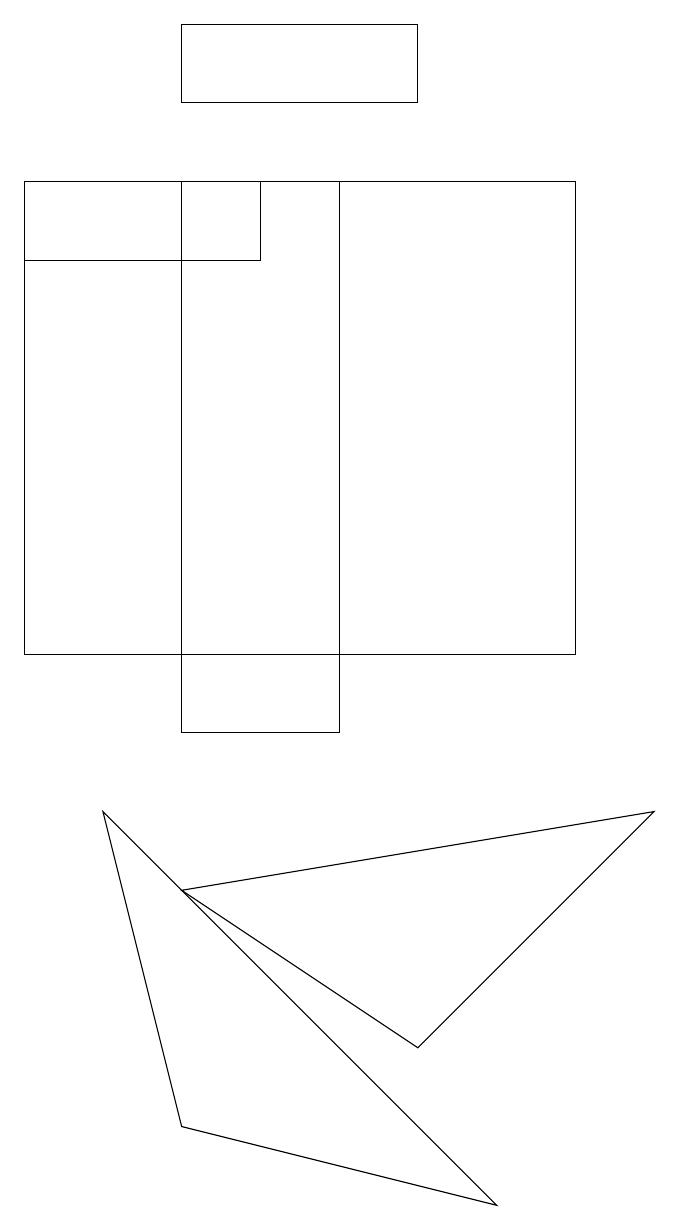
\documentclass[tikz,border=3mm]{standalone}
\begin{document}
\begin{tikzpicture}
\draw (2,8) -- (8,9) -- (5,6) -- cycle;
\draw (3,17) rectangle (0,16);
\draw (5,18) rectangle (2,19);
\draw (2,5) -- (6,4) -- (1,9) -- cycle;
\draw (2,17) rectangle (4,10);
\draw (7,11) rectangle (0,17);
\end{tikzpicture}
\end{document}